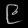
Digit: ၉